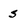
Character: s